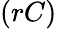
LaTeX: (rC)